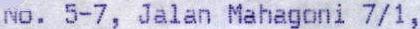
NO. 5-7, JALAN MAHAGONI 7/1,